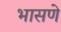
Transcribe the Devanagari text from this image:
भासणे